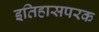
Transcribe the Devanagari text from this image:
इतिहासपरक